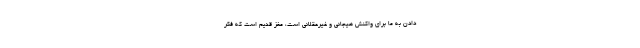
دادن به ما برای واکنش هیجانی و غیرعقلانی است، مغز قدیم است که فکر